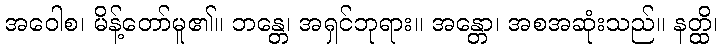
အဝေါစ၊ မိန့်တော်မူ၏။ ဘန္တေ၊ အရှင်ဘုရား။ အန္တော၊ အစအဆုံးသည်။ နတ္ထိ၊